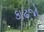
કાઢજો